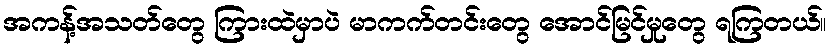
အကန့်အသတ်တွေ ကြားထဲမှာပဲ မာကက်တင်းတွေ အောင်မြင်မှုတွေ ရကြတယ်။